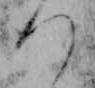
つ